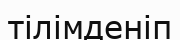
тілімденіп